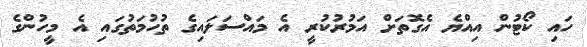
ހައި ކޯޓުން އިއްޔެ އެގޮތަށް އަމުރުކުރީ އެ މައްސަލައިގެ ތުހުމަތުގައި އެ މީހުންގެ